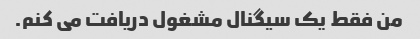
من فقط یک سیگنال مشغول دریافت می کنم.